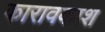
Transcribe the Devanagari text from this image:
कारावकाश